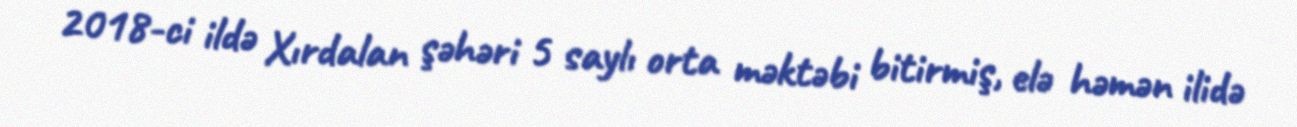
2018-ci ildə Xırdalan şəhəri 5 saylı orta məktəbi bitirmiş, elə həmən ilidə